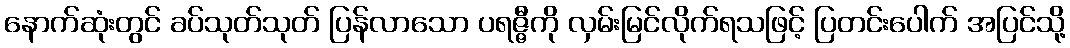
နောက်ဆုံးတွင် ခပ်သုတ်သုတ် ပြန်လာသော ပရဇ္ဇီကို လှမ်းမြင်လိုက်ရသဖြင့် ပြတင်းပေါက် အပြင်သို့